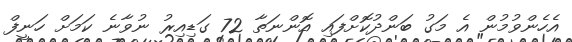
އެހެންވުމުން އެ މަގު ބަންދުކޮށްފައި އޮންނަތާ 72 ގަޑިއިރު ނުވާނެ ކަމަށް ހަނީފް